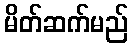
မိတ်ဆက်မည်